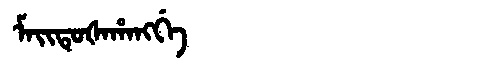
Manchu: ᠮᠠᡳᡨᡠᡧᠠᡥᠠᠩᡤᡝ
Romanization: MAITUŠAHANGGE